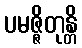
ပမဇ္ဇိတုန္တိ